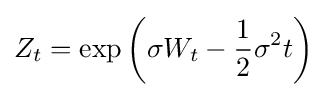
Z_{t}=\exp \left(\sigma W_{t}-{\frac {1}{2}}\sigma ^{2}t\right)